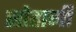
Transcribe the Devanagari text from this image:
सोहागी